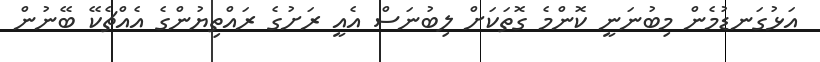
އަޅުގަނޑުމެން މިބުނަނީ ކޮންމެ ގޮތަކަށް ލިބުނަސް އެއީ ރަށުގެ ރައްތިޔުންގެ އެއްޗެކޭ ބޭނުން